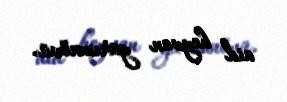
aid heyvan yarımnövü.